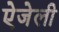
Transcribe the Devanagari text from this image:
ऐजेली